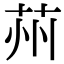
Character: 𦭴